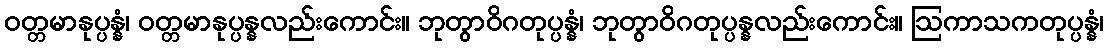
ဝတ္တမာနုပ္ပန္နံ၊ ဝတ္တမာနုပ္ပန္နလည်းကောင်း။ ဘုတွာဝိဂတုပ္ပန္နံ၊ ဘုတွာဝိဂတုပ္ပန္နလည်းကောင်း။ ဩကာသကတုပ္ပန္နံ၊